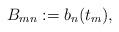
LaTeX: \begin{align*} B_{mn}:=b_n(t_m),\end{align*}